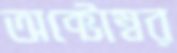
অক্টোম্বর